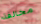
مخالفة